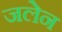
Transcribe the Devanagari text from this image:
जलेन